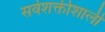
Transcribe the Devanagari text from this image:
सर्वशक्तीशाली